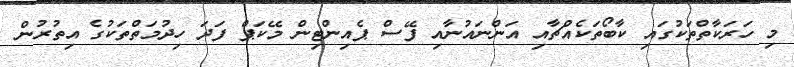
މި ހަަރަކާތްތަކުގައި ކާބޯތަކެއްޗާއި އަންނައުނާއި ފޭސް ޕެއިންޓިން މޭކަޕް ފަދަ ހިދުމަތްތަކުގެ އިތުރުން